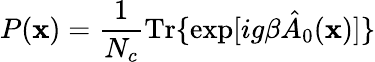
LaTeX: P({\mathbf x})=\frac 1{N_{c}}\mathrm{Tr}\{ \exp[ig\beta\hat{A}_{0}({\mathbf x})]\}